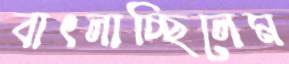
বাৎলাচ্ছিলেম